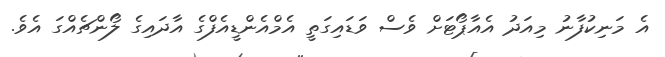
އެ މަނިކުފާނު މިއަދު އެއާޕޯޓަށް ވެސް ވަޑައިގަތީ އެމްއެންޑީއެފްގެ އާދައިގެ ލޯންޗެއްގަ އެވެ.